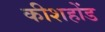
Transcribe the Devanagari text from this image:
कीशहोंड